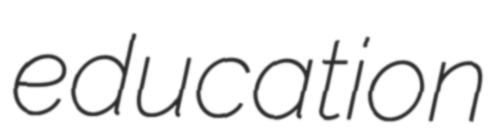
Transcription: education